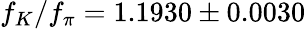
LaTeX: f_{K}/f_{\pi}=1.1930\pm 0.0030